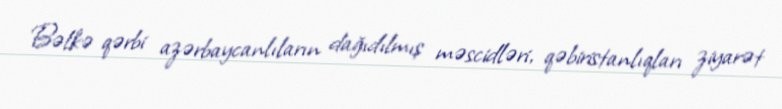
Bəlkə qərbi azərbaycanlıların dağıdılmış məscidləri, qəbiristanlıqları ziyarət